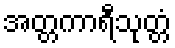
အတ္တကာရီသုတ္တံ